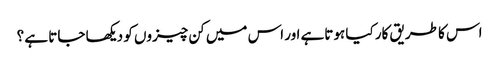
اس کا طریق کار کیا ہوتاہے اور اس میں کن چیزوں کو دیکھا جاتا ہے ؟